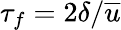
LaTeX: \tau_{f}=2\delta/\overline{{u}}